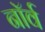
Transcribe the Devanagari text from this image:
नॉर्व